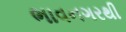
ભાવનગરથી